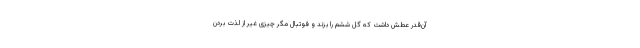
آن‌قدر عطش داشت که گل ششم را بزند و فوتبال مگر چیزی غیر از لذت بردن